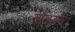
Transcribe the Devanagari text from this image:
नौवसन